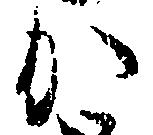
か